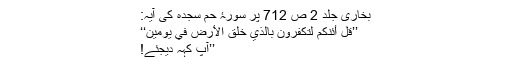
بخاری جلد 2 ص 712 پر سورۂ حٰم سجدہ کی آیہ:
’’قُلْ أَئِنَّكُمْ لَتَكْفُرُ‌ونَ بِالَّذِي خَلَقَ الْأَرْ‌ضَ فِي يَوْمَيْنِ‘‘
’’آپ کہہ دیجئے!